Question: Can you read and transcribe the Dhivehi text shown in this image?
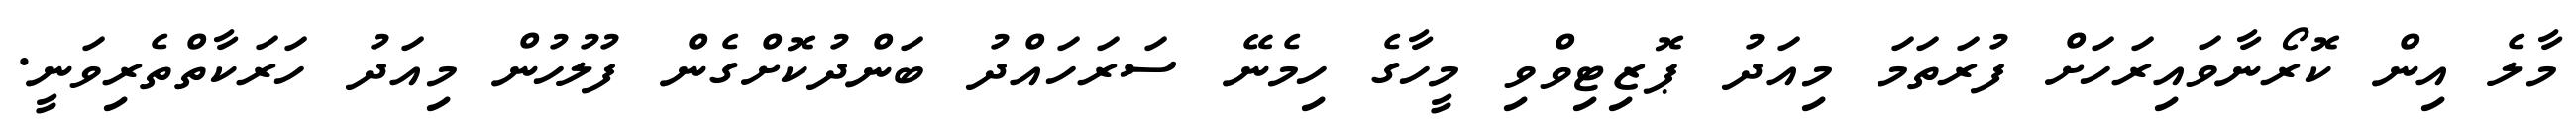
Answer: މާލެ އިން ކޮރޯނާވައިރަހަށް ފުރަތަމަ މިއަދު ޕޮޒިޓިވްވި މީހާގެ ހިމެނޭ ސަރަހައްދު ބަންދުކޮށްގެން ފުލުހުން މިއަދު ހަރަކާތްތެރިވަނީ.